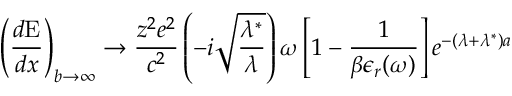
\left( \frac { d \mathrm { { E } } } { d x } \right) _ { b \rightarrow \infty } \rightarrow \frac { z ^ { 2 } e ^ { 2 } } { c ^ { 2 } } \left( - i \sqrt { \frac { \lambda ^ { \ast } } { \lambda } } \right) \omega \left[ 1 - \frac { 1 } { \beta \epsilon _ { r } ( \omega ) } \right] e ^ { - ( \lambda + \lambda ^ { \ast } ) a }